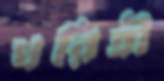
ধরিত্রী